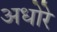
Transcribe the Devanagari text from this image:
अधोरे